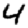
Digit: 4